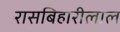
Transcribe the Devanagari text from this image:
रासबिहारीलाल